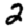
Digit: 2